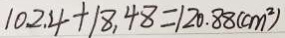
1 0 2 . 4 + 1 8 . 4 8 = 1 2 0 . 8 8 ( c m ^ { 2 } )